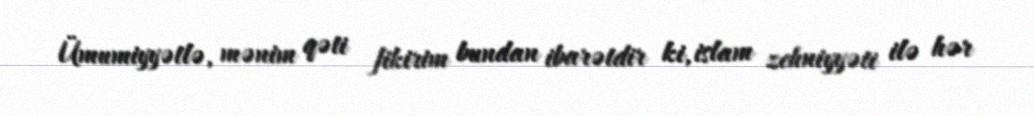
Ümumiyyətlə, mənim qəti fikirim bundan ibarətdir ki, islam zehniyyəti ilə hər